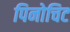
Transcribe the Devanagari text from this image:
पिनोचिट